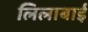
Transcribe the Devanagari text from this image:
लिलाबाई